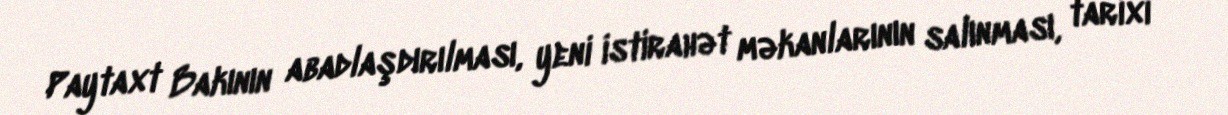
Paytaxt Bakının abadlaşdırılması, yeni istirahət məkanlarının salınması, tarixi